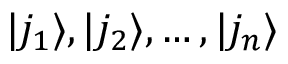
| j _ { 1 } \rangle , | j _ { 2 } \rangle , \ldots , | j _ { n } \rangle